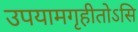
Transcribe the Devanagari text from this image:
उपयामगृहीतोऽसि